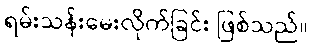
ရမ်းသန်းမေးလိုက်ခြင်း ဖြစ်သည်။